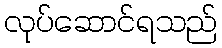
လုပ်ဆောင်ရသည်